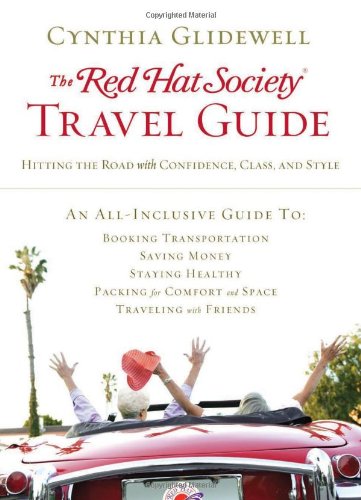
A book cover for The Red Hat Society Travel Guide: Hitting the Road with Confidence, Class, and Style; Cynthia Glidewell; Travel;